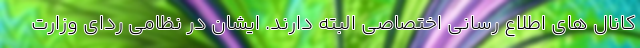
کانال های اطلاع رسانی اختصاصی البته دارند. ایشان در نظامی ردای وزارت